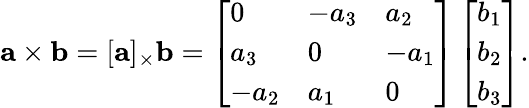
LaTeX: \mathbf{a}\times\mathbf{b}=[\mathbf{a}]_{\times}\mathbf{b}=\left[\begin{array}{lll}{0}&{-a_{3}}&{a_{2}}\\ {a_{3}}&{0}&{-a_{1}}\\ {-a_{2}}&{a_{1}}&{0}\end{array}\right]\left[\begin{array}{l}{b_{1}}\\ {b_{2}}\\ {b_{3}}\end{array}\right].